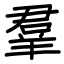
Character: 羣